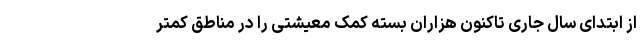
از ابتدای سال جاری تاکنون هزاران بسته کمک معیشتی را در مناطق کمتر